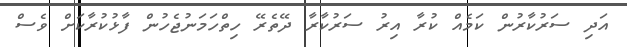
އަދި ސަރުކާރުން ކަމެއް ކުރާ އިރު ސަރުކާރާ ދޭތެރޭ ހިތްހަމަނުޖެހުން ފާޅުކުރާކަށް ވެސް